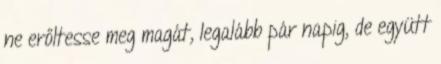
ne erőltesse meg magát, legalább pár napig, de együtt